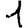
Digit: 1